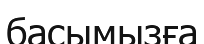
басымызға